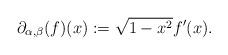
LaTeX: \begin{align*}\partial_{\alpha,\beta}(f)(x) : = \sqrt{1-x^2}f'(x). \end{align*}